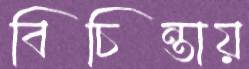
বিচিন্তায়